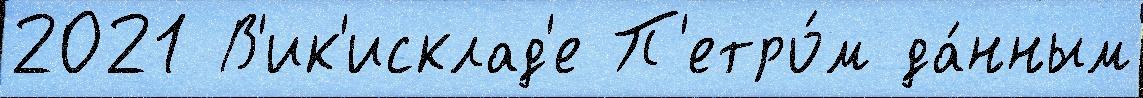
2021 В'ик'исклад'е П'етро́м да́нным